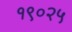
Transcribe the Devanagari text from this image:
१९०२५